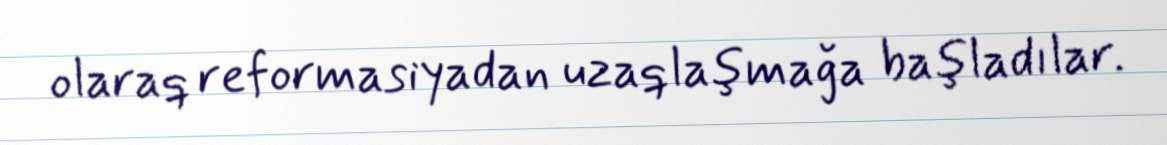
olaraq reformasiyadan uzaqlaşmağa başladılar.